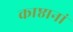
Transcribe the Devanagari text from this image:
काष्ठानां